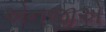
એનજીએ